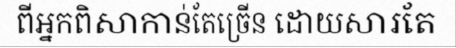
ពីអ្នកពិសាកាន់តែច្រើន ដោយសារតែ